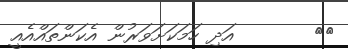
١٥       އަދި ހަމަކަށަވަރުން އެކަންތައްއެއީ